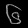
Digit: ၆